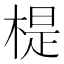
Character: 㮛